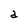
Character: d